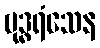
ဗုဒ္ဓရံသေန